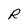
Character: R